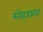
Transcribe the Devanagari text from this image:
मोहछाव